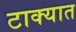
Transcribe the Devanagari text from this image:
टाक्‍यात